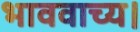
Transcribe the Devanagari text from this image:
भाववाच्य।